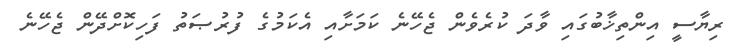
ރިޔާސީ އިންތިޚާބުގައި ވާދަ ކުރެވެން ޖެހޭނެ ކަމަށާއި އެކަމުގެ ފުރުޞަތު ފަހިކޮށްދޭން ޖެހޭނެ